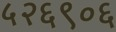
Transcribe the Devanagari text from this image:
५२६९०६